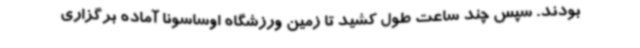
بودند. سپس چند ساعت طول کشید تا زمین ورزشگاه اوساسونا آماده برگزاری